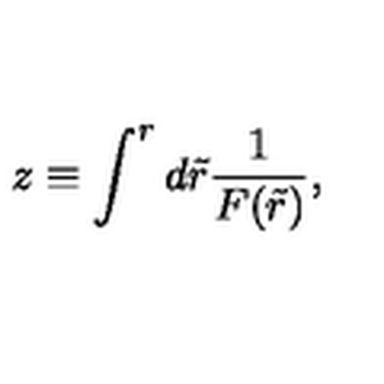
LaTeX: z \equiv \int ^ { r } d \tilde { r } \frac { 1 } { F ( \tilde { r } ) } ,